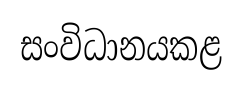
සංවිධානයකළ